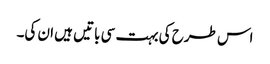
اس طرح کی بہت سی باتیں ہیں ان کی۔